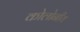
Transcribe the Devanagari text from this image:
कोलोनीय